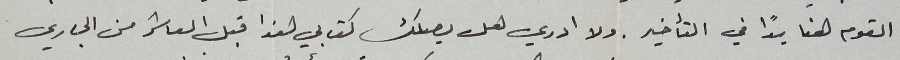
القوم هنا يدًا في التأخير. ولا ادري هل يصلك كتابي هذا قبل العاشر من الجاري